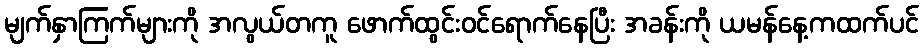
မျက်နှာကြက်များကို အလွယ်တကူ ဖောက်ထွင်းဝင်ရောက်နေပြီး အခန်းကို ယမန်နေ့ကထက်ပင်